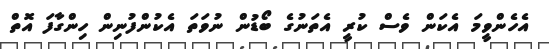
އެހެންވީމަ އެކަން ވެސް ކުރީ އެތަނުގެ ބޯޑުން ނުވަތަ އެކުންފުނިން ހިންގާފަ އޮތް